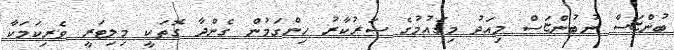
ބުންޏަސް ނުބުންޏަސް މިއަދު މިގައުމުގެ ސަރުކާރު ހިންގަމުން ގެންދާ ގޮތަކީ މިލިޓަރީ ވެރިކަމަކާ